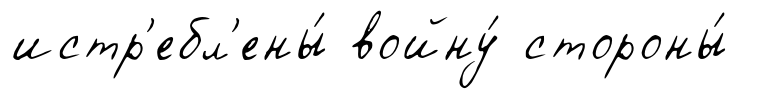
истр'ебл'ены́ войну́ стороны́